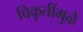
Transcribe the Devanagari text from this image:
विकृतींमुळे